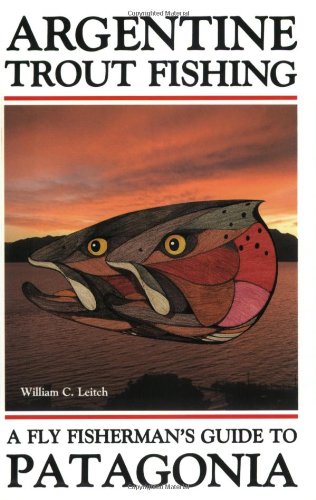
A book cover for Argentine Trout Fishing: A Fly Fisherman's Guide to Patagonia; William C. Leitch; Travel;